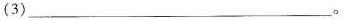
(3)___。